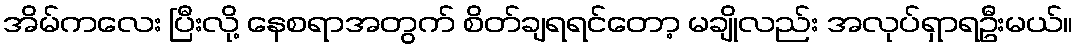
အိမ်ကလေး ပြီးလို့ နေစရာအတွက် စိတ်ချရရင်တော့ မချိုလည်း အလုပ်ရှာရဦးမယ်။